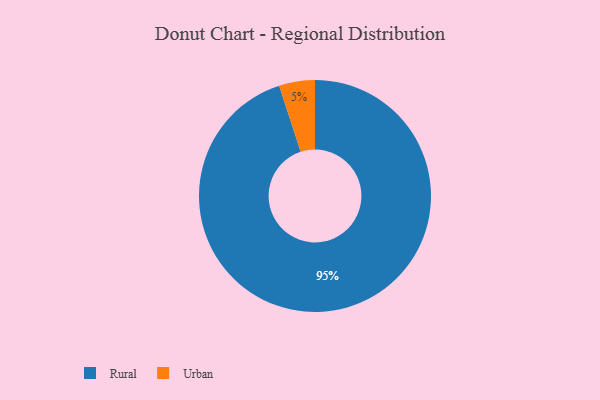
{"axis": {"x": "Category", "y": "Percentage"}, "legend": ["Rural", "Urban"], "data": [{"x": "Urban", "y": 5, "type": "Urban"}, {"x": "Rural", "y": 95, "type": "Rural"}]}